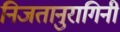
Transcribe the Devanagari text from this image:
निजतानुरागिनी